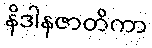
နိဒါနဇာတိကာ